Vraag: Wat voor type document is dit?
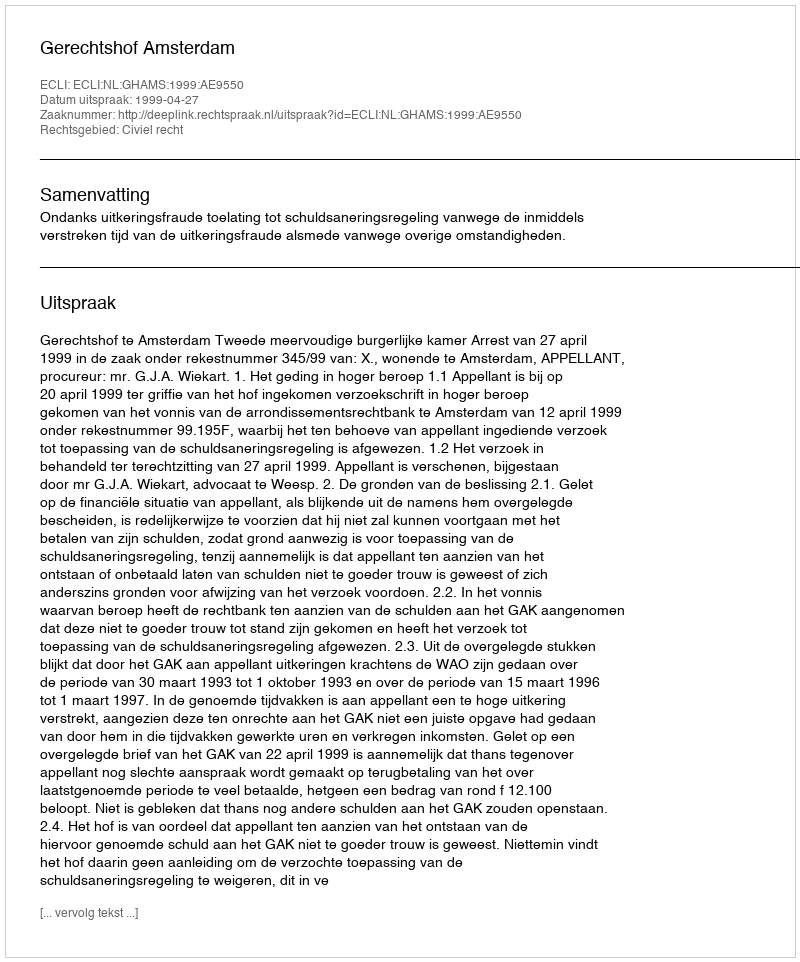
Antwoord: Uitspraak